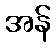
အန်